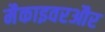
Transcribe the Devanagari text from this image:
मैकाइवरऔर